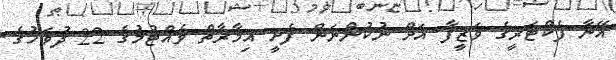
އޭނާ ފެކްޓަރީގެ ވަޒީފާ އަށް ނުކުންނަން ފެށީ އިމާރާތް ވެއްޓުމުގެ 22 ދުވަހުގެ